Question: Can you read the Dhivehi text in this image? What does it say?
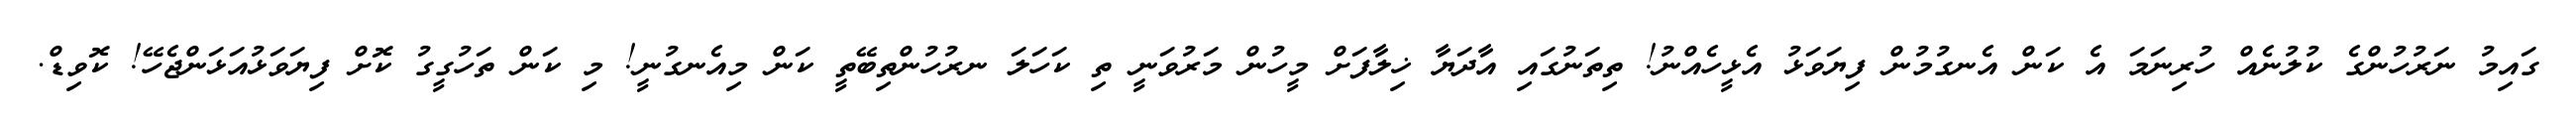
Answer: ގައިމު ނަރުހުންގެ ކުލުނެއް ހުރިނަމަ އެ ކަން އެނގުމުން ފިޔަވަޅު އެޅީހެއްނު! ތިތަނުގައި އާދަޔާ ޚިލާފަށް މީހުން މަރުވަނީ ތި ކަހަލަ ނރުހުންތިބޭތީ ކަން މިއެނގުނީ! މި ކަން ތަހުގީގު ކޮށް ފިޔަވަޅުއަޅަންޖެހޭ! ކޮވިޑް.